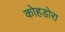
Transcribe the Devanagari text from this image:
कोहड़ोरा